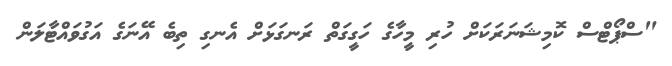
"ސްޕޯޓްސް ކޮމިޝަނަރަކަށް ހުރި މީހާގެ ހަގީގަތް ރަނގަޅަށް އެނގި ތިބެ އޭނަގެ އަގުވައްޓާލަން